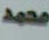
محمد